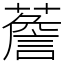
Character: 薝